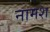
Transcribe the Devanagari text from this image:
नामश